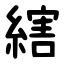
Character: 縖